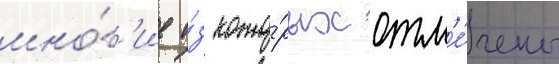
мно́г'ие и́з кото́рых отм'е́чены